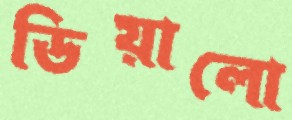
ডিয়ালো